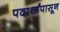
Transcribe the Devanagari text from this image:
पदार्थांपासून